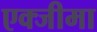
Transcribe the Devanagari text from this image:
एक्जीमा